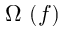
\Omega \ ( f )